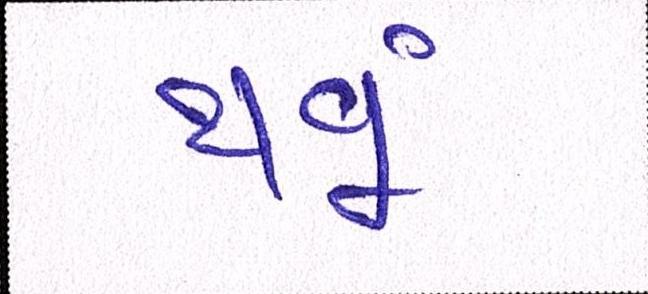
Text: થવૂં